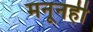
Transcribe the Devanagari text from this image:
मनूनही